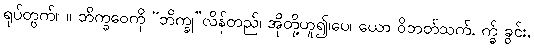
ရုပ်တွက်။ ။ ဘိက္ခဝေကို “ဘိက္ခု”လိန်တည်၊ အိုတို့ဟူ၍၊ပေ၊ ယော ဝိဘတ်သက်, က္ခ် ခွင်း,